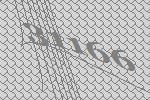
31166